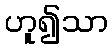
ဟူ၍သာ